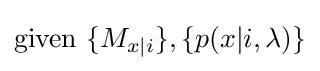
\mathrm {given} \ \{M_{x|i}\},\{p(x|i,\lambda )\}